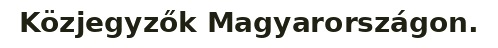
Közjegyzők Magyarországon.